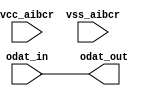
// This program was cloned from: https://github.com/chipsalliance/aib-phy-hardware
// License: Apache License 2.0

// SPDX-License-Identifier: Apache-2.0
// Copyright (C) 2019 Intel Corporation. 
module aibcr3_rxdat_mimic (
	input wire odat_in,
	input wire vcc_aibcr,
	input wire vss_aibcr,
	output wire odat_out
);

	assign odat_out = odat_in;

endmodule